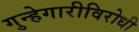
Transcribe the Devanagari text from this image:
गुन्हेगारीविरोधी